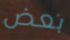
بعض